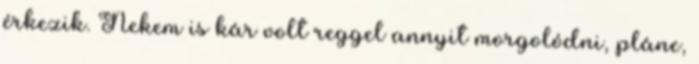
érkezik. Nekem is kár volt reggel annyit morgolódni, pláne,